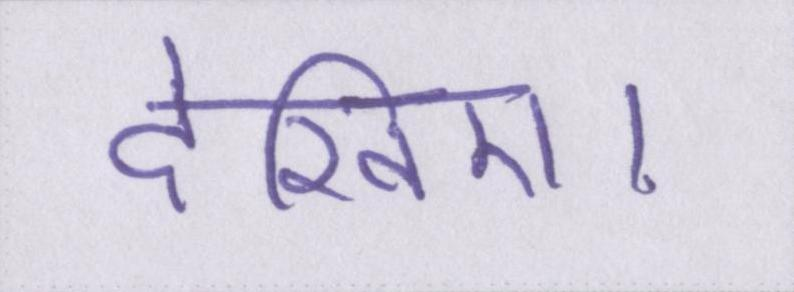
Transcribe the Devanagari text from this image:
देखिए।